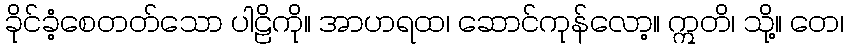
ခိုင်ခံ့စေတတ်သော ပါဠိကို။ အာဟရထ၊ ဆောင်ကုန်လော့။ ဣတိ၊ သို့။ တေ၊